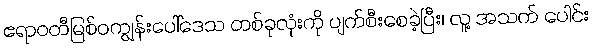
ဧရာဝတီမြစ်ဝကျွန်းပေါ်ဒေသ တစ်ခုလုံးကို ပျက်စီးစေခဲ့ပြီး၊ လူ့ အသက် ပေါင်း